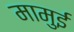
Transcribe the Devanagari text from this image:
मामुई